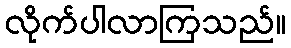
လိုက်ပါလာကြသည်။